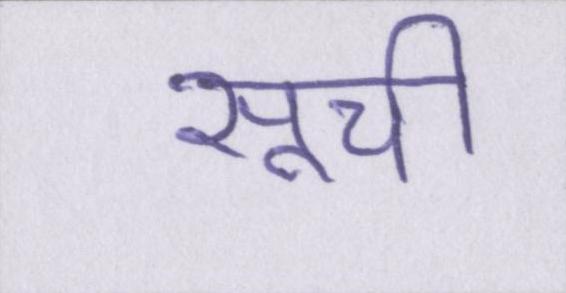
सूची